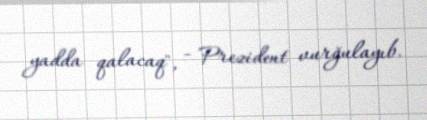
yadda qalacaq", - Prezident vurğulayıb.